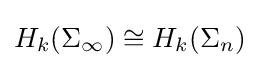
H_{k}(\Sigma _{\infty })\cong H_{k}(\Sigma _{n})